Indian journal of veterinary science and animal husbandry - Volumes 26-27, 1956-1957
Year: 1956
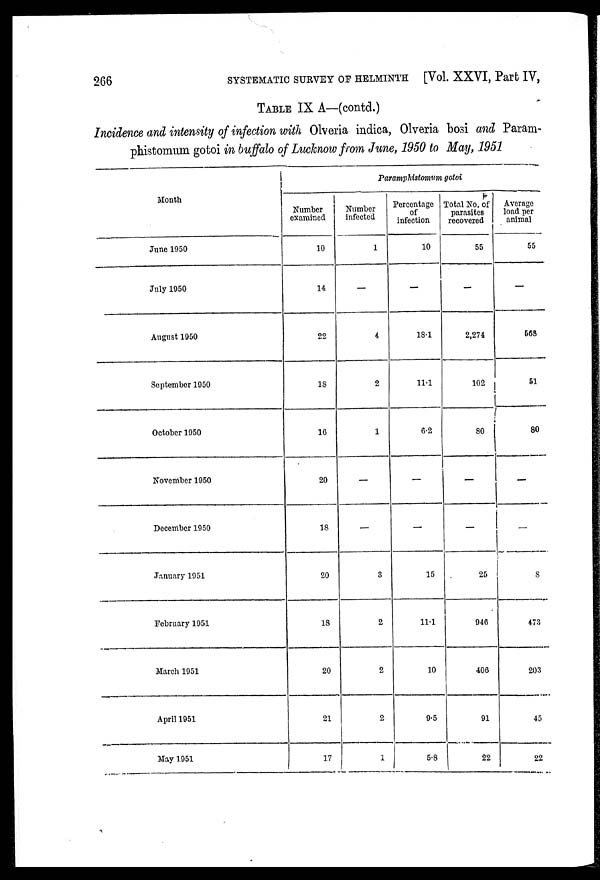
266
SYSTEMATIC SURVEY OF HELMINTH [Vol. XXVI, Part IV,
TABLE IX A—(contd.)
Incidence and intensity of infection with Olveria indica, Olveria bosi and Param-
phistomum gotoi in buffalo of Lucknow from June, 1950 to May, 1951
Month
June 1950
July 1950
August 1950
September 1950
October 1950
November 1950
December 1950
January 1951
February 1951
March 1951
April 1951
May 1951
Paramphistomum gotoi
Number
examined
10
14
22
18
16
20
18
20
18
20
21
17
Number
infected
1
-
4
2
1
-
-
3
2
2
2
1
Percentage
of
infection
10
-
18.1
11.1
6.2
-
-
15
11.1
10
9.5
5.8
Total No. of
parasites
recovered
55
-
2,274
102
80
-
-
25
946
406
91
22
Average
load per
animal
55
-
568
51
80
-
-
8
473
203
45
22